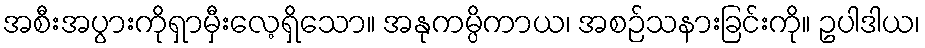
အစီးအပွားကိုရှာမှီးလေ့ရှိသော။ အနုကမ္ပိကာယ၊ အစဉ်သနားခြင်းကို။ ဥပါဒါယ၊